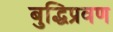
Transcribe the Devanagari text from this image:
बुद्धिप्रवण